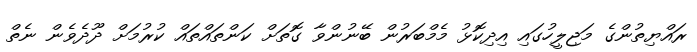
ރައްޔިތުންގެ މަޖިލީހުގައި އިދިކޮޅު މެމްބަރުން ބޭނުންވާ ގޮތަށް ކަންތައްތައް ކުރުމަށް ދޫދެވެން ނެތް